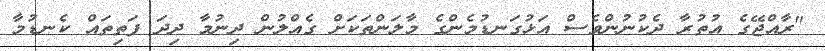
"ރާއްޖޭގެ އުތުރާ ދެކުނުންވެސް އަޅުގަނޑުމެންގެ މާލަންތަކަށް ގެއްލުން ދިނުމާ ދިދަ ފަތިތައް ކެނޑުމާ